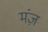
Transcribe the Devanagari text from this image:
मंज़